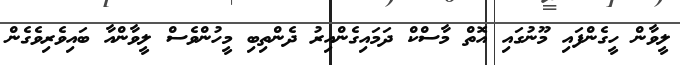
ލީވާން ހީގެންފައި މޫނުގައި އޮތް މާސްކް ދަމައިގެންއިރު ދެންތިބި މީހުންވެސް ލީވާންއާ ބައިވެރިވެގެން